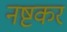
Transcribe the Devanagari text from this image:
नष्टकर